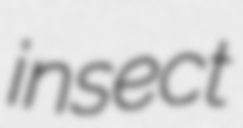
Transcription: insect